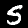
Label: 5